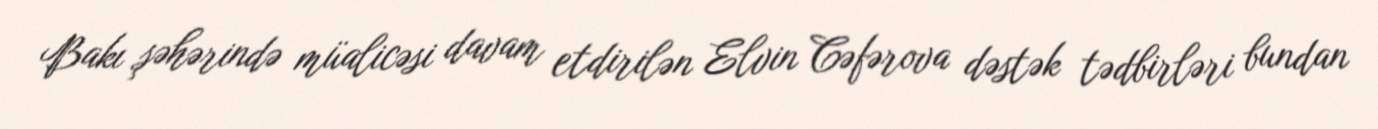
Bakı şəhərində müalicəsi davam etdirilən Elvin Cəfərova dəstək tədbirləri bundan